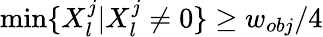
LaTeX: \operatorname*{min}\{ X_{l}^{j}|X_{l}^{j}\neq 0\} \ge w_{obj}/4